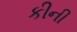
કીની